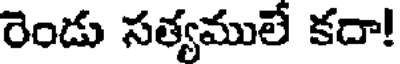
రెండు సత్యములే కదా!